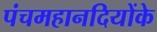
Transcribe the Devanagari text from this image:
पंचमहानदियोंके